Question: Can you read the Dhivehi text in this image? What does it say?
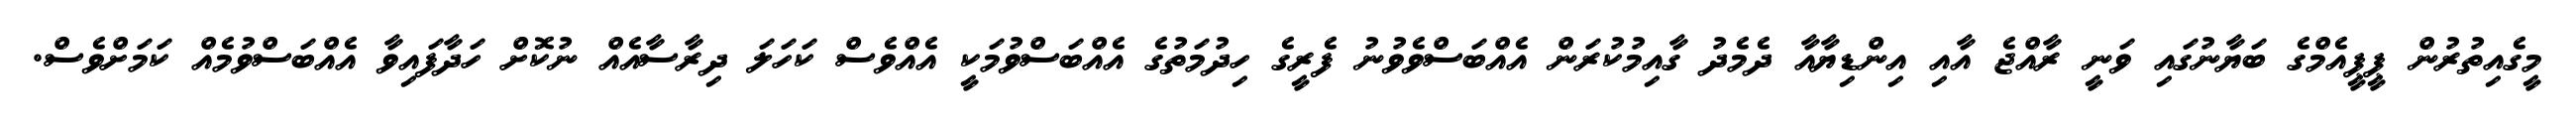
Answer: މީގެއިތުރުން ޕީޕީއެމްގެ ބަޔާނުގައި ވަނީ ރާއްޖެ އާއި އިންޑިޔާއާ ދެމެދު ގާއިމުކުރަން އެއްބަސްވެވުނު ފެރީގެ ހިދުމަތުގެ އެއްބަސްވުމަކީ އެއްވެސް ކަހަލަ ދިރާސާއެއް ނުކޮށް ހަދާފައިވާ އެއްބަސްވުމެއް ކަމަށްވެސް.